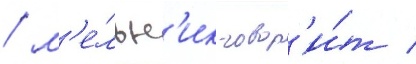
/ м'е́льн'ик говор'и́т /